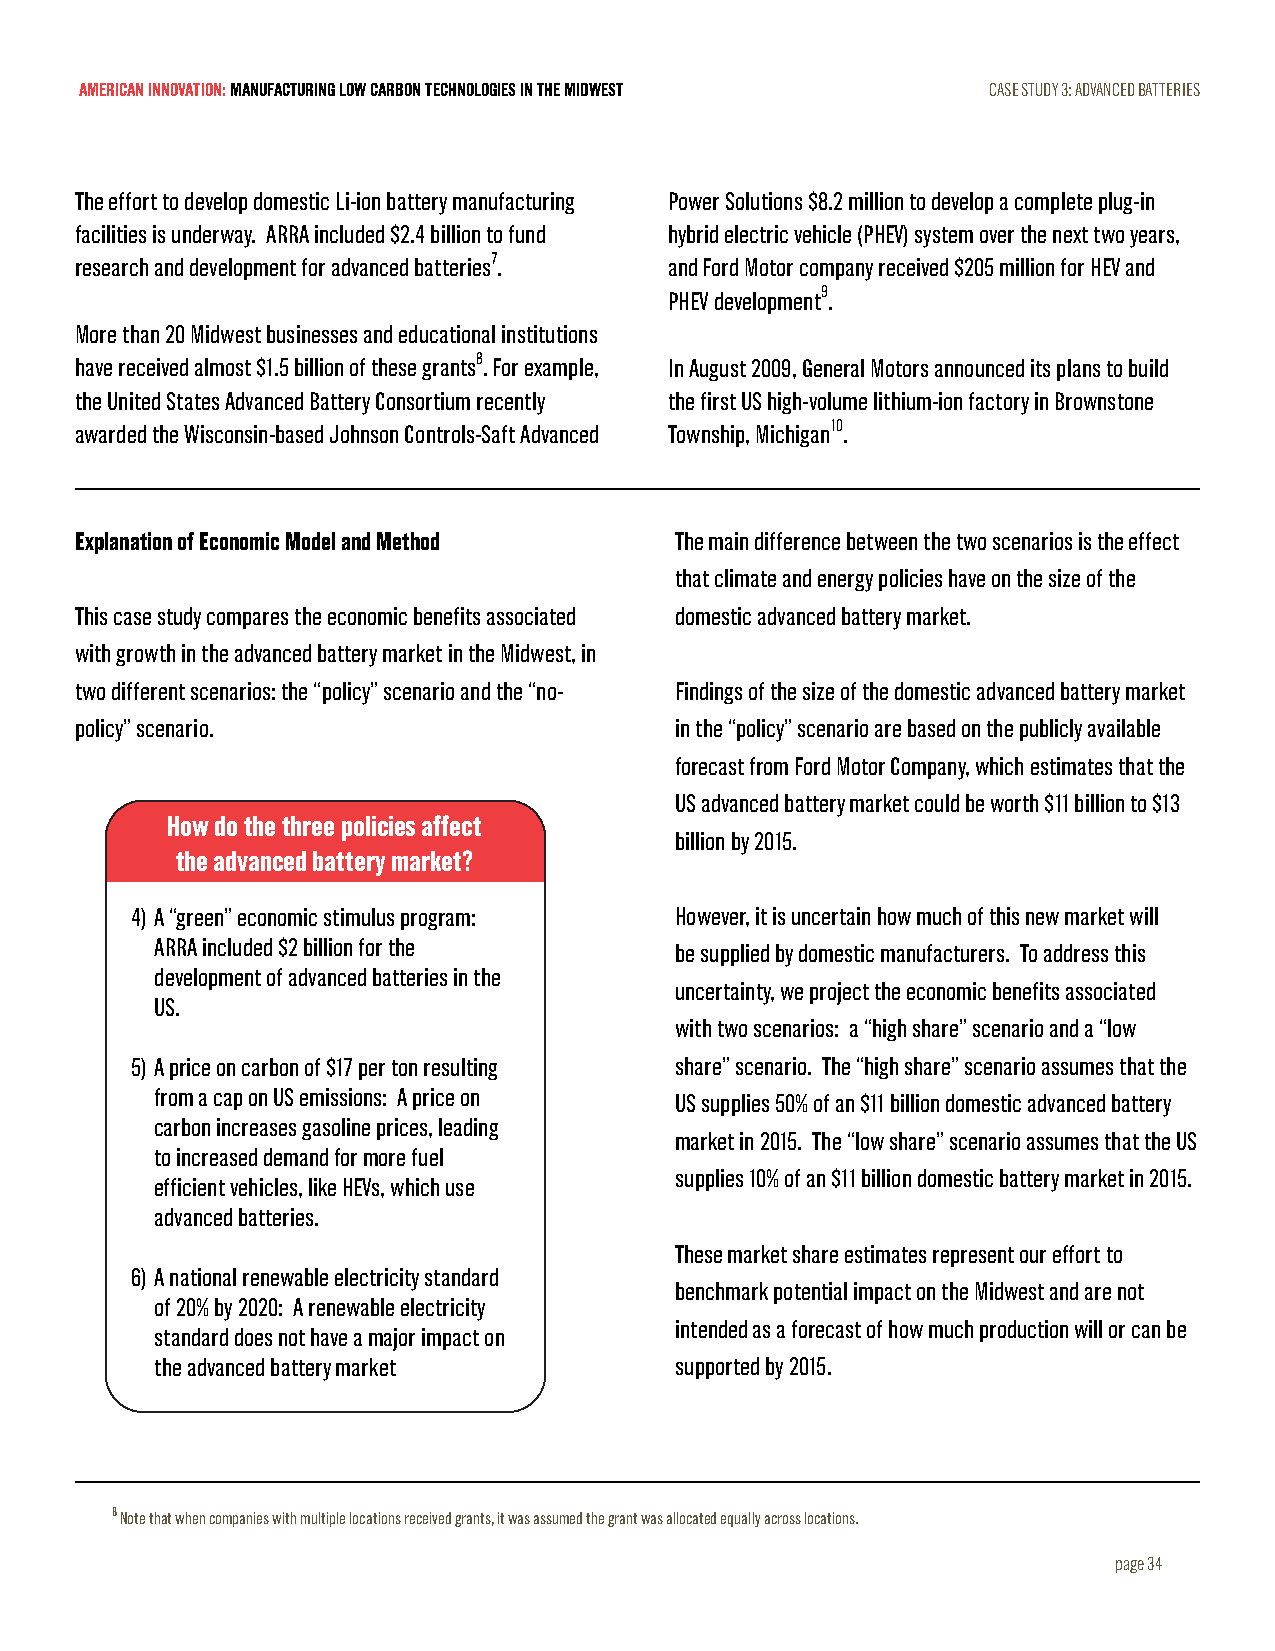
AMERICAN INNOVATION: MANUFACTURING LOW CARBON TECHNOLOGIES IN THE MIDWEST CASE STUDY 3: ADVANCED BATTERIES
 The effort to develop domestic Li-ion battery manufacturing Power Solutions $8.2 million to develop a complete plug-in
 facilities is underway. ARRA included $2.4 billion to fund hybrid electric vehicle (PHEV) system over the next two years,
 research and development for advanced batteries7. and Ford Motor company received $205 million for HEV and
 PHEV development9.
 More than 20 Midwest businesses and educational institutions
 have received almost $1.5 billion of these grants8. For example, In August 2009, General Motors announced its plans to build
 the United States Advanced Battery Consortium recently the first US high-volume lithium-ion factory in Brownstone
 awarded the Wisconsin-based Johnson Controls-Saft Advanced Township, Michigan10.
 Explanation of Economic Model and Method The main difference between the two scenarios is the effect
 that climate and energy policies have on the size of the
 This case study compares the economic benefits associated domestic advanced battery market.
 with growth in the advanced battery market in the Midwest, in
 two different scenarios: the “policy” scenario and the “no- Findings of the size of the domestic advanced battery market
 policy” scenario.                       in the “policy” scenario are based on the publicly available
 forecast from Ford Motor Company, which estimates that the
 US advanced battery market could be worth $11 billion to $13
 How do the three policies affect
 billion by 2015.
 the advanced battery market?
 4) A “green” economic stimulus program: However, it is uncertain how much of this new market will
 ARRA included $2 billion for the
 be supplied by domestic manufacturers. To address this
 development of advanced batteries in the
 uncertainty, we project the economic benefits associated
 US.
 with two scenarios: a “high share” scenario and a “low
 5) A price on carbon of $17 per ton resulting share” scenario. The “high share” scenario assumes that the
 from a cap on US emissions: A price on
 US supplies 50% of an $11 billion domestic advanced battery
 carbon increases gasoline prices, leading
 market in 2015. The “low share” scenario assumes that the US
 to increased demand for more fuel
 supplies 10% of an $11 billion domestic battery market in 2015.
 efficient vehicles, like HEVs, which use
 advanced batteries.
 These market share estimates represent our effort to
 6) A national renewable electricity standard
 benchmark potential impact on the Midwest and are not
 of 20% by 2020: A renewable electricity
 intended as a forecast of how much production will or can be
 standard does not have a major impact on
 the advanced battery market        supported by 2015.
 8 Note that when companies with multiple locations received grants, it was assumed the grant was allocated equally across locations.
 page 34